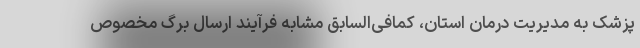
پزشک به مدیریت درمان استان، کمافی‌السابق مشابه فرآیند ارسال برگ مخصوص